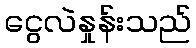
ငွေလဲနှုန်းသည်